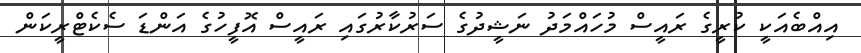
އިއްބެއަކީ ކުރީގެ ރައީސް މުހައްމަދު ނަޝީދުގެ ސަރުކާރުގައި ރައީސް އޮފީހުގެ އަންޑަ ސެކެޓްރީކަން